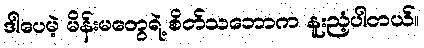
ဒါပေမဲ့ မိန်းမတွေရဲ့ စိတ်သဘောက နူးညံ့ပါတယ်။